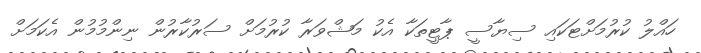
ހައްލު ކުރުމަށްޓަކައި ސިޔާސީ ޕާޓީތަކާ އެކު މަޝްވަރާ ކުރުމަށް ސަރުކާރުން ނިންމުމުން އެކަމަށް